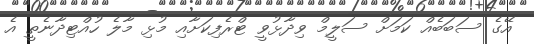
އޭގެ ސަބަބެއް ކަމަށް ސަލީމް ވިދާޅުވީ ޓްރެފިކަށާއި މުޅި މާލެ ހުއްޓިދާނެތީ އެ